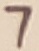
Text: 7